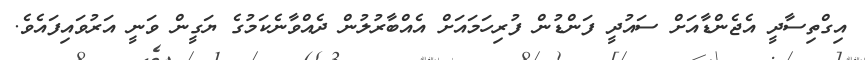
އިގްތިސާދީ އެޖެންޑާއަށް ސައުދީ ފަންޑުން ފުރިހަމައަށް އެއްބާރުލުން ދެއްވާނެކަމުގެ ޔަގީން ވަނީ އަރުވައިފައެވެ.